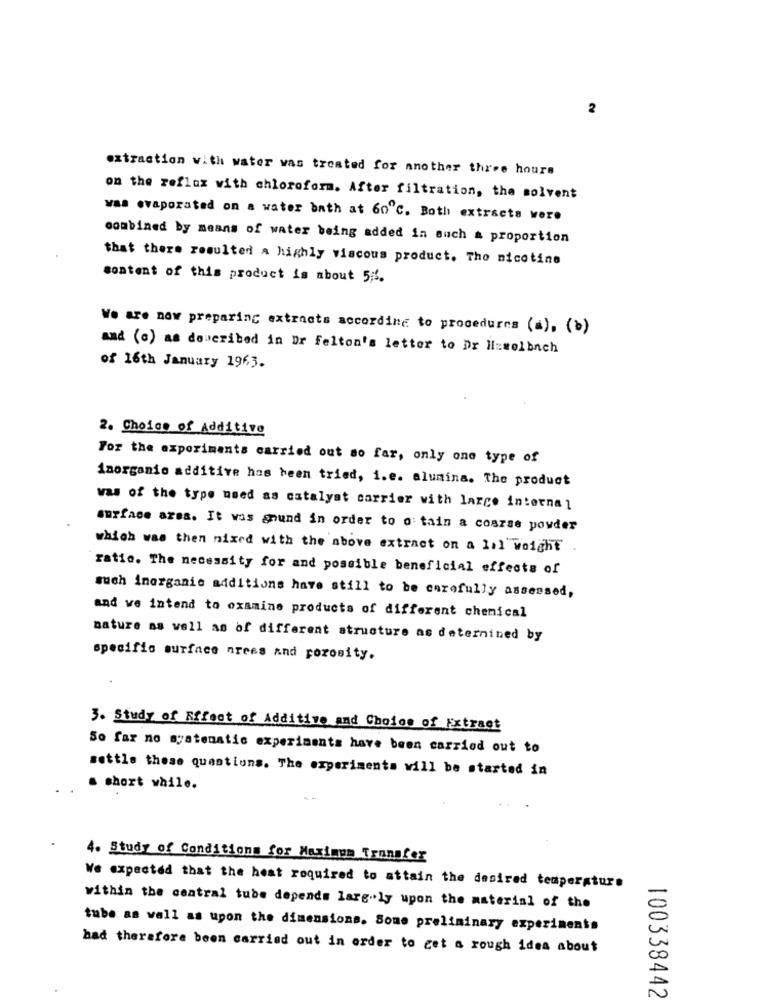
2
extraction with water was treated for another three hours
on the reflux with chloroform. After filtration, the solvent
was evaporated on a water bath at 60℃. Both extracts were
combined by means of water being added in such a proportion
that there resulted a highly viscous product. Tho nicotine
content of this product is about 5;1.
We are now preparing extracts according to procedures (a), (b)
and (c) as doucribed in Dr Felton's letter to Dr lizselbach
of 16th January 1963.
2. Choice of Additive
For the experiments carried out so far, only one type of
Inorganic additive has been tried, i.e. alumina. The product
was of the type used as catalyst carrier with large internal
surface area. It was anund in order to o: tain a coszse powder
which was then mixed with the above extract on a Lil weight.
ratio. The necessity for and possible beneficial effects of
such inorganic additions have still to be carefully assessed,
and we intend to examine products of different chemical
nature as well as of different structure as determined by
specific surface nrees and porosity.
3. Study of Effect of Additive and Choice of Extract
So far no systematic experiments have been carried out to
settle these questions. The experiments will be started in
a short while.
4. Study of Conditions for Maximum Transfer
We expected that the heat required to attain the desired temperature
within the central tube depends larg"ly upon the material of the
tube as well as upon the dimensions. Some preliminary experiments
had therefore been carried out in order to get a rough idea about
100338442